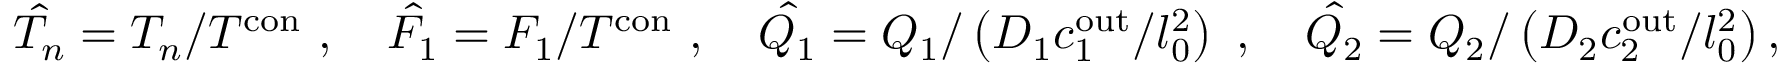
\hat { T _ { n } } = T _ { n } / T ^ { \mathrm { c o n } } ~ , ~ ~ ~ \hat { F _ { 1 } } = F _ { 1 } / T ^ { \mathrm { c o n } } ~ , ~ ~ ~ \hat { Q _ { 1 } } = Q _ { 1 } / \left( D _ { 1 } c _ { 1 } ^ { \mathrm { o u t } } / l _ { 0 } ^ { 2 } \right) ~ , ~ ~ ~ \hat { Q _ { 2 } } = Q _ { 2 } / \left( D _ { 2 } c _ { 2 } ^ { \mathrm { o u t } } / l _ { 0 } ^ { 2 } \right) ,